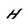
Character: H